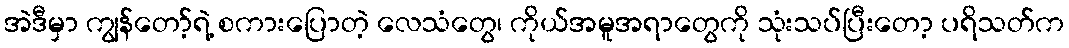
အဲဒီမှာ ကျွန်တော့်ရဲ့ စကားပြောတဲ့ လေသံတွေ၊ ကိုယ်အမူအရာတွေကို သုံးသပ်ပြီးတော့ ပရိသတ်က